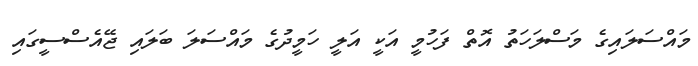
މައްސަލައިގެ މަސްލަހަތު އޮތް ފަހުމީ އަކީ އަލީ ހަމީދުގެ މައްސަލަ ބަލައި ޖޭއެސްސީގައި